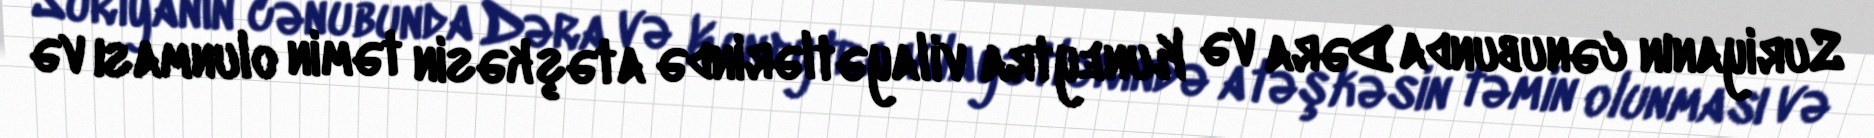
Suriyanın cənubunda Dəra və Kuneytra vilayətlərində atəşkəsin təmin olunması və